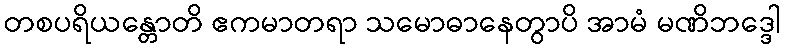
တစပရိယန္တောတိ ဧကမာတရာ သမောဓာနေတွာပိ အာမံ မဏိဘဒ္ဒေါ